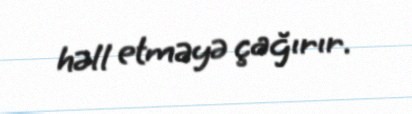
həll etməyə çağırır.